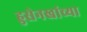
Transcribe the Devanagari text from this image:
हुसेनखांच्या